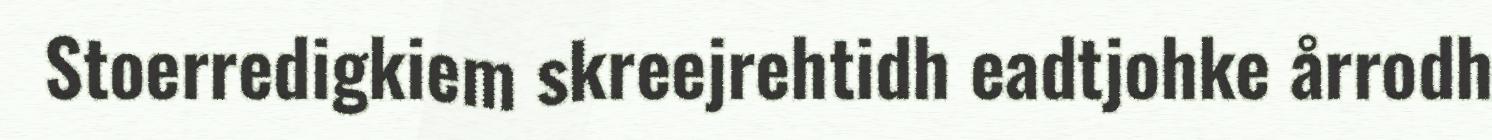
Stoerredigkiem skreejrehtidh eadtjohke årrodh